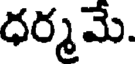
ధర్మమే.